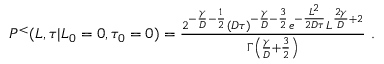
\begin{array} { r } { P ^ { < } ( L , \tau | L _ { 0 } = 0 , \tau _ { 0 } = 0 ) = \frac { 2 ^ { - \frac { \gamma } { D } - \frac { 1 } { 2 } } ( D \tau ) ^ { - \frac { \gamma } { D } - \frac { 3 } { 2 } } e ^ { - \frac { L ^ { 2 } } { 2 D \tau } } L ^ { \frac { 2 \gamma } { D } + 2 } } { \Gamma \left( \frac { \gamma } { D } + \frac { 3 } { 2 } \right) } \ . } \end{array}